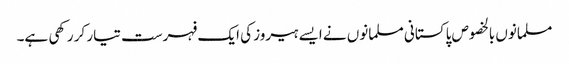
مسلمانوں بالخصوص پاکستانی مسلمانوں نے ایسے ہیروز کی ایک فہرست تیار کر رکھی ہے۔